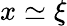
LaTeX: x\simeq\xi